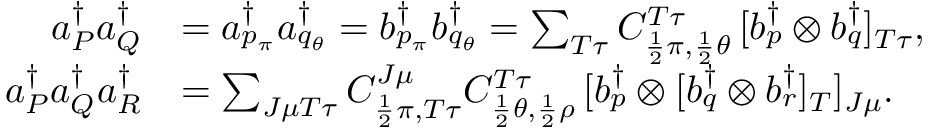
\begin{array} { r l } { a _ { P } ^ { \dagger } a _ { Q } ^ { \dagger } } & { = a _ { p _ { \pi } } ^ { \dagger } a _ { q _ { \theta } } ^ { \dagger } = b _ { p _ { \pi } } ^ { \dagger } b _ { q _ { \theta } } ^ { \dagger } = \sum _ { T \tau } C _ { \frac { 1 } { 2 } \pi , \frac { 1 } { 2 } \theta } ^ { T \tau } \, [ b _ { p } ^ { \dagger } \otimes b _ { q } ^ { \dagger } ] _ { T \tau } , } \\ { a _ { P } ^ { \dagger } a _ { Q } ^ { \dagger } a _ { R } ^ { \dagger } } & { = \sum _ { J \mu T \tau } C _ { \frac { 1 } { 2 } \pi , T \tau } ^ { J \mu } C _ { \frac { 1 } { 2 } \theta , \frac { 1 } { 2 } \rho } ^ { T \tau } \, [ b _ { p } ^ { \dagger } \otimes [ b _ { q } ^ { \dagger } \otimes b _ { r } ^ { \dagger } ] _ { T } ] _ { J \mu } . } \end{array}